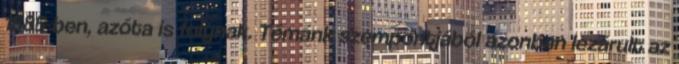
1885-ben, azóta is folynak. Témánk szempontjából azonban lezárult az